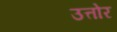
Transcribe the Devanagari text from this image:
उत्तोर